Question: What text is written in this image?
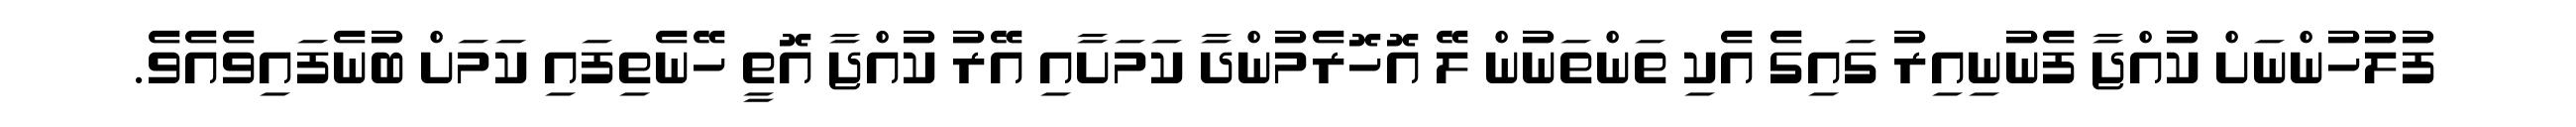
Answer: ފުލުހުންނަށް ކުއްޖާ ފެނުނިއިރު ގައިގެ އެކި ތަންތަނުން ލޭ އޮހޮރެމުންދާ ކަމަށާއި އޭރު ކުއްޖާ އޮތީ ހޭނެތިފައި ކަމަށް ބުނެފައިވެއެވެ.